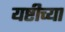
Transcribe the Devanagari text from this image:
यष्टीच्या